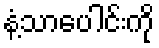
နံ့သာပေါင်းကို